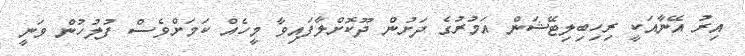
އިރު އޭނާއަކީ ރިހިބިލިޓޭޝަން އަމުރުގެ ދަށުން ދޫކޮށްލާފައިވާ މީހެއް ކަަމަށްވެސް ފުލުހުން ވަނީ